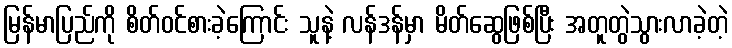
မြန်မာပြည်ကို စိတ်ဝင်စားခဲ့ကြောင်း သူနဲ့ လန်ဒန်မှာ မိတ်ဆွေဖြစ်ပြီး အတူတွဲသွားလာခဲ့တဲ့